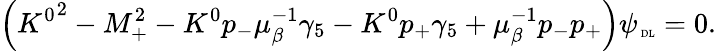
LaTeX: \left({K^{0}}^{2}-M_{+}^{2}-K^{0}p_{-}\mu_{\beta}^{-1}\gamma_{5}-K^{0}p_{+}\gamma_{5}+\mu_{\beta}^{-1}p_{-}p_{+}\right)\psi_{{\mathrm{\tiny~DL}}}=0.